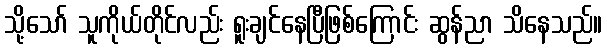
သို့သော် သူကိုယ်တိုင်လည်း ရူးချင်နေပြီဖြစ်ကြောင်း ဆွန်ညာ သိနေသည်။